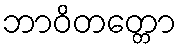
ဘာဝိတတ္တော